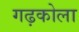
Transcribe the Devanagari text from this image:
गढ़कोला